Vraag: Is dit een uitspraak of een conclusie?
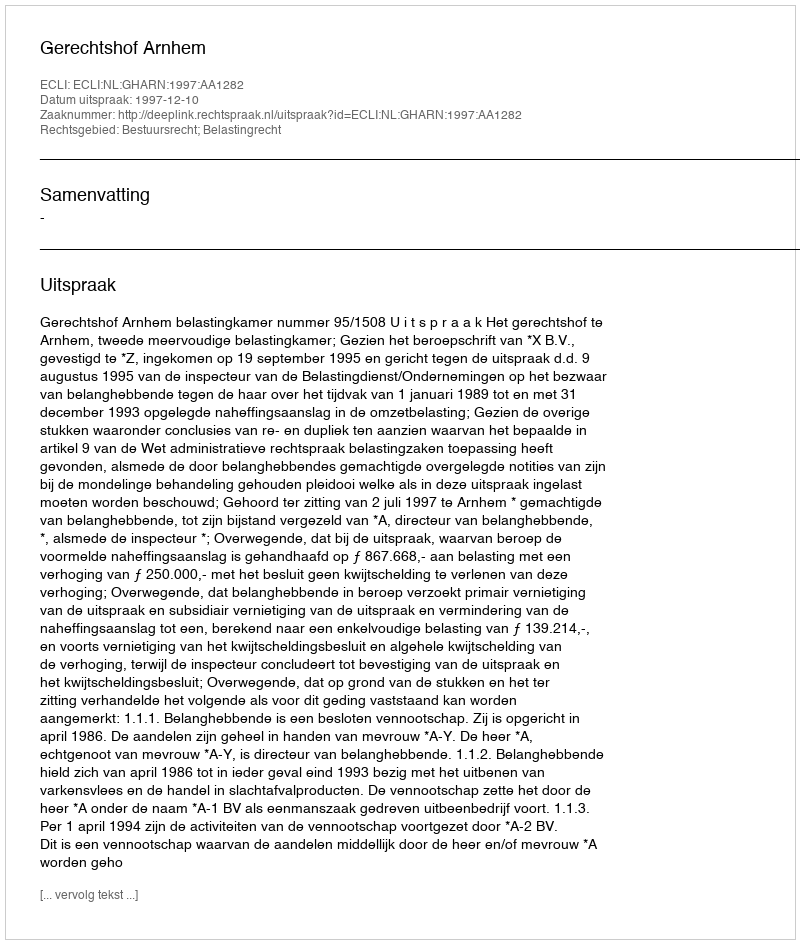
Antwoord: Uitspraak